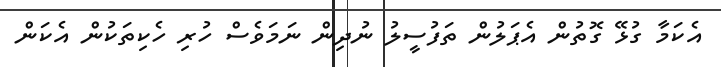
އެކަމާ ގުޅޭ ގޮތުން އެޕަލުން ތަފުސީލު ނުދިން ނަމަވެސް ހުރި ހެކިތަކުން އެކަން